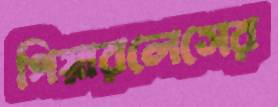
পিয়ারলেসের